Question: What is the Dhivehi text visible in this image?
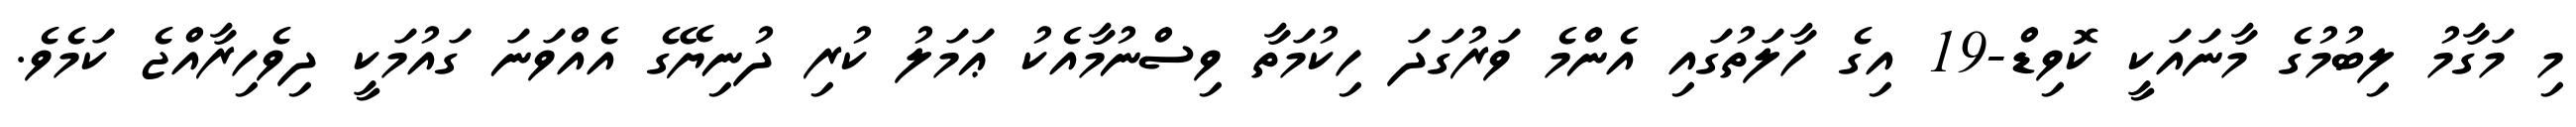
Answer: މި މަގާމު ލިބުމުގެ މާނައަކީ ކޮވިޑް-19 އިގެ ހާލަތުގައި އެންމެ ވަރުގަދަ ހިކުމަތާ ވިސްނުމާއެކު ޢަމަލު ކުރި ދުނިޔޭގެ އެއްވަނަ ގައުމަކީ ދިވެހިރާއްޖެ ކަމެވެ.